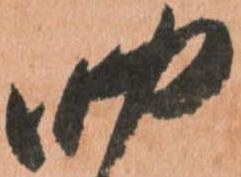
四